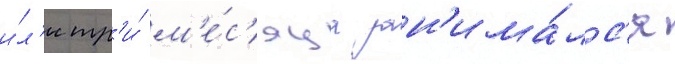
и́л'и тр'и́ м'е́с'яца зан'има́лс'я